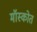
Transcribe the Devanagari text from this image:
मॉस्कोत